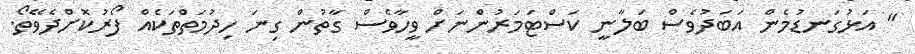
" އަޅުގަނޑުމެން އަބަދުވެސް ބަލާނީ ކަސްޓަމަރުންނަށް ވީހާވެސް ގާތުން ގިނަ ހިދުމަތްތަކެއް ފޯރުކޮށްދެވޭތޯ.